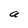
Character: a